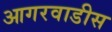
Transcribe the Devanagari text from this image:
आगरवाडीस